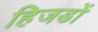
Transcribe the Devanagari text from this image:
हिजडों